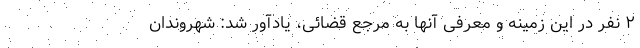
۲ نفر در این زمینه و معرفی آنها به مرجع قضائی، یادآور شد: شهروندان